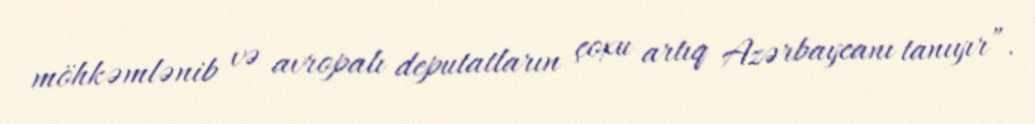
möhkəmlənib və avropalı deputatların çoxu artıq Azərbaycanı tanıyır”.